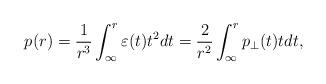
LaTeX: \begin{align*}p(r)=\frac{1}{r^3}\int_{\infty}^{r}{\varepsilon (t)t^2dt}=\frac{2}{r^2}\int_{\infty}^{r}{p_\perp (t)tdt},\end{align*}